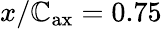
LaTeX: x/\mathbb{C}_{\mathrm{{ax}}}=0.75